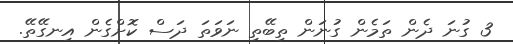
3 ގުނަ ދެން ތަމެން ގުނަން ތިބޭތި ނަވަތަ ދަސް ކޮށްގެން އިނގޭތޭ.